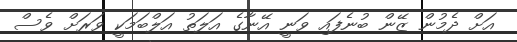
އަށް ދެމުން ޒޭން ބުނެފައި ވަނީ އޭނާގެ އަލަތު އަލްބަމަކީ ވަރަށް ވެސް